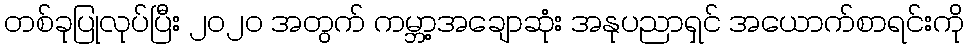
တစ်ခုပြုလုပ်ပြီး ၂၀၂၀ အတွက် ကမ္ဘာ့အချောဆုံး အနုပညာရှင် အယောက်စာရင်းကို